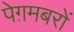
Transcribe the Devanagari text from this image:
पेग़मबरों